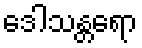
ဒေါသန္တရော